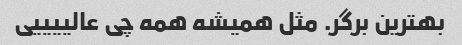
بهترین برگر. مثل همیشه همه چی عالییییی